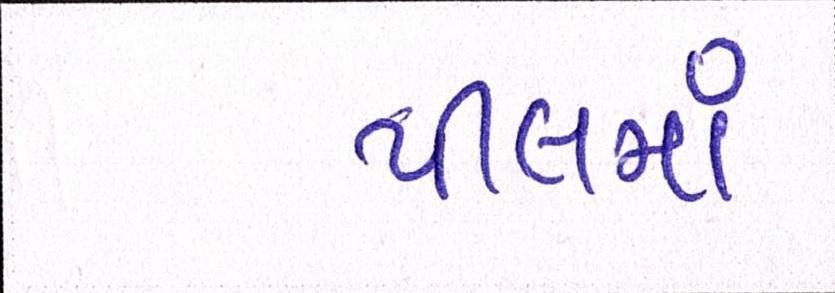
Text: પીલમાં